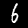
Digit: 6